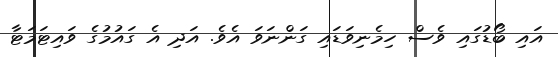
އައި ބޯޑުގައި ވެސް ހިމެނިވަޑައި ގަންނަވަ އެވެ. އަދި އެ ގައުމުގެ ވައިޓަމަޓާ